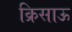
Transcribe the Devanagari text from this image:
क्रिसाऊ